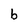
Character: b